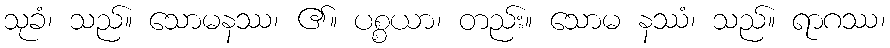
သုခံ၊ သည်။ သောမနဿ၊ ၏။ ပစ္စယာ၊ တည်း။ သောမ နဿံ၊ သည်။ ရာဂဿ၊